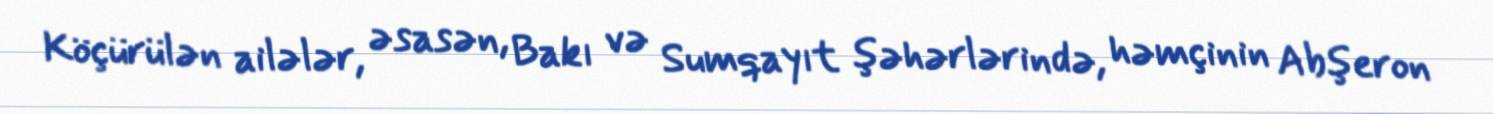
Köçürülən ailələr, əsasən, Bakı və Sumqayıt şəhərlərində, həmçinin Abşeron